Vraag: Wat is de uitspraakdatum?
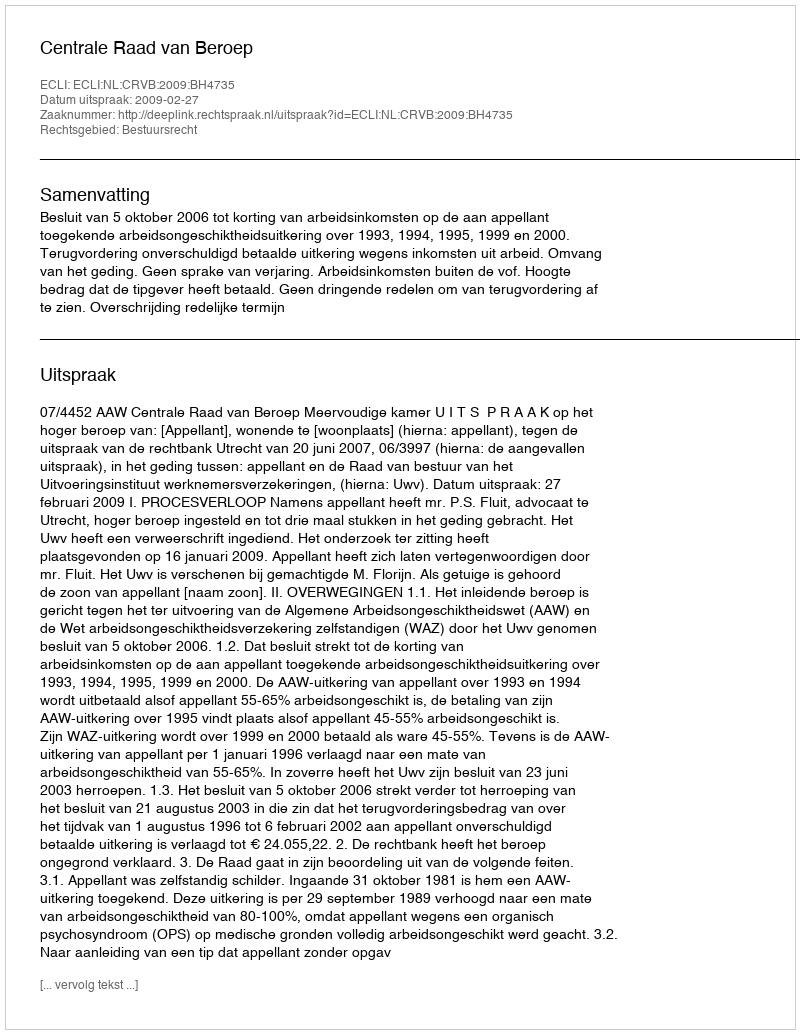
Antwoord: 2009-02-27